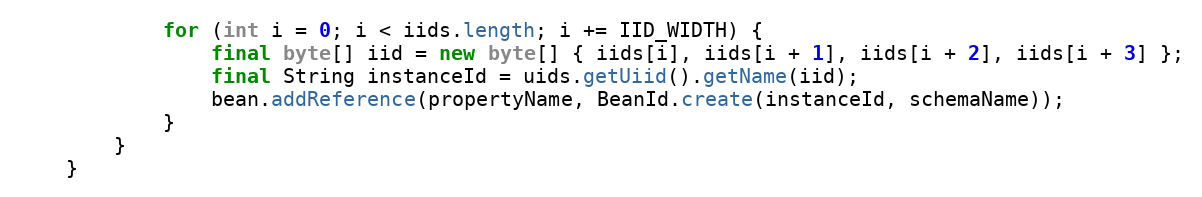
Language: Java
            for (int i = 0; i < iids.length; i += IID_WIDTH) {
                final byte[] iid = new byte[] { iids[i], iids[i + 1], iids[i + 2], iids[i + 3] };
                final String instanceId = uids.getUiid().getName(iid);
                bean.addReference(propertyName, BeanId.create(instanceId, schemaName));
            }
        }
    }